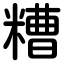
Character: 糟